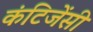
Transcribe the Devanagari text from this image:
कंटिजेंसी